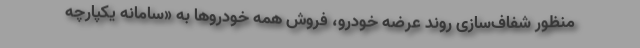
منظور شفاف‌سازی روند عرضه خودرو، فروش همه خودروها به «سامانه یکپارچه